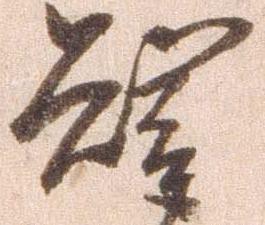
智